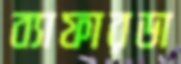
ব্যাফারডা